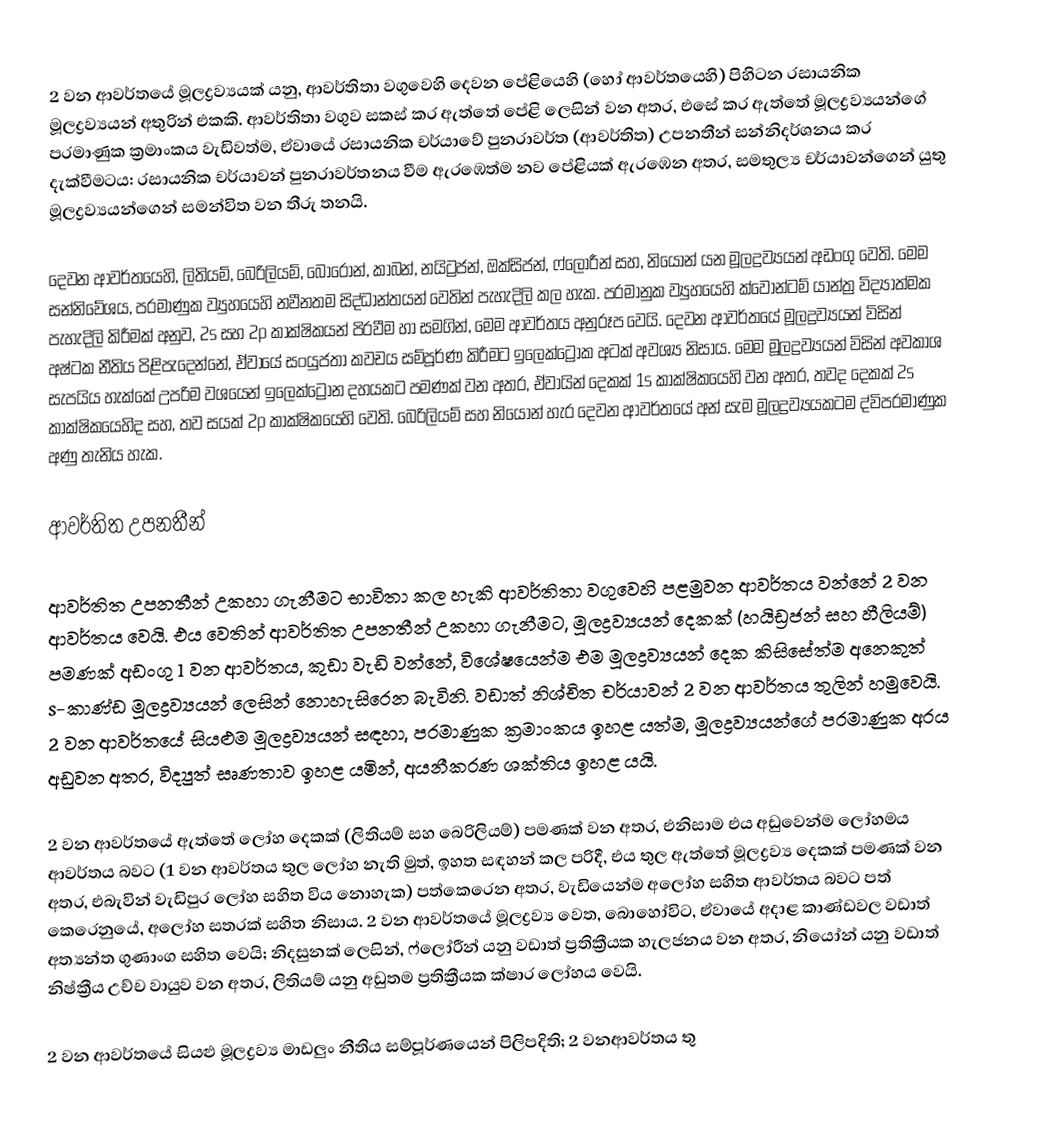
2 වන ආවර්තයේ මූලද්‍රව්‍යයක් යනු,  ආවර්තිතා වගුවෙහි දෙවන පේළියෙහි (හෝ ආවර්තයෙහි) පිහිටන රසායනික මූලද්‍රව්‍යයන් අතුරින් එකකි. ආවර්තිතා වගුව සකස් කර ඇත්තේ පේළි ලෙසින් වන අතර, එසේ කර ඇත්තේ මූලද්‍රව්‍යයන්ගේ පරමාණුක ක්‍රමාංකය වැඩිවත්ම, ඒවායේ රසායනික චර්යාවේ පුනරාවර්ත (ආවර්තිත)  උපනතීන් සන්නිදර්ශනය කර දැක්වීමටය: රසායනික චර්යාවන් පුනරාවර්තනය වීම ඇරඹෙත්ම නව පේළියක් ඇරඹෙන අතර, සමතුල්‍ය චර්යාවන්ගෙන් යුතු මූලද්‍රව්‍යයන්ගෙන් සමන්විත වන තීරු තනයි.

දෙවන ආවර්තයෙහි, ලිතියම්, බෙරිලියම්, බෝරෝන්, කාබන්, නයිට්‍රජන්, ඔක්සිජන්, ෆ්ලෝරීන් සහ, නියෝන් යන මූලද්‍රව්‍යයන් අඩංගු වෙති. මෙම සන්නිවේශය,  පරමාණුක ව්‍යුහයෙහි නවීනතම සිද්ධාන්තයන් වෙතින් පැහැදිලි කල හැක. පරමානුක ව්‍යුහයෙහි ක්වොන්ටම් යාන්ත්‍ර විද්‍යාත්මක පැහැදිලි කිරීමක් අනුව, 2s  සහ 2p  කාක්ෂිකයන් පිරවීම හා සමගින්,  මෙම ආවර්තය අනුරූප වෙයි. දෙවන ආවර්තයේ මූලද්‍රව්‍යයන් විසින්  අෂ්ටක නීතිය පිළිපැදෙන්නේ, ඒවායේ සංයුජතා කවචය සම්පූර්ණ කිරීමට ඉලෙක්ට්‍රෝක අටක් අවශ්‍ය නිසාය. මෙම මූලද්‍රව්‍යයන් විසින් අවකාශ සැපයිය හැක්කේ උපරිම වශයෙන් ඉලෙක්ට්‍රෝන දහයකට පමණක් වන අතර,  ඒවායින් දෙකක් 1s කාක්ෂිකයෙහි වන අතර, තවද දෙකක් 2s කාක්ෂිකයෙහිද සහ, තව සයක් 2p කාක්ෂිකයෙහි වෙති. බෙරිලියම් සහ නියෝන් හැර දෙවන ආවර්තයේ අන් සැම මූලද්‍රව්‍යයකටම ද්විපරමාණුක අණු තැනිය හැක.

ආවර්තිත උපනතීන්

ආවර්තිත උපනතීන් උකහා ගැනීමට භාවිතා කල හැකි ආවර්තිතා වගුවෙහි පළමුවන ආවර්තය වන්නේ 2 වන ආවර්තය වෙයි. එය වෙතින්  ආවර්තිත උපනතීන් උකහා ගැනීමට,  මූලද්‍රව්‍යයන් දෙකක් (හයිඩ්‍රජන් සහ හීලියම්)  පමණක් අඩංගු  1 වන ආවර්තය, කුඩා වැඩි වන්නේ, විශේෂයෙන්ම එම මූලද්‍රව්‍යයන් දෙක කිසිසේත්ම අනෙකුත්  s-කාණ්ඩ මූලද්‍රව්‍යයන් ලෙසින් නොහැසිරෙන බැවිනි. වඩාත් නිශ්චිත චර්යාවන්  2 වන ආවර්තය තුලින් හමුවෙයි.  2 වන ආවර්තයේ සියළුම මූලද්‍රව්‍යයන් සඳහා, පරමාණුක ක්‍රමාංකය ඉහළ යත්ම, මූලද්‍රව්‍යයන්ගේ පරමාණුක අරය අඩුවන අතර, විද්‍යුත් සෘණතාව ඉහළ යමින්, අයනීකරණ ශක්තිය ඉහළ යයි.

2 වන ආවර්තයේ ඇත්තේ ලෝහ දෙකක්  (ලිතියම් සහ බෙරිලියම්) පමණක් වන අතර, එනිසාම එය අඩුවෙන්ම ලෝහමය ආවර්තය බවට (1 වන ආවර්තය තුල ලෝහ නැති මුත්, ඉහත සඳහන් කල පරිදී, එය තුල ඇත්තේ මූලද්‍රව්‍ය දෙකක් පමණක් වන අතර, එබැවින් වැඩිපුර ලෝහ සහිත විය නොහැක) පත්කෙරෙන අතර,  වැඩියෙන්ම  අලෝහ සහිත ආවර්තය බවට පත් කෙරෙනුයේ, අලෝහ සතරක් සහිත නිසාය. 2 වන ආවර්තයේ මූලද්‍රව්‍ය වෙත, බොහෝවිට,  ඒවායේ අදාළ කාණ්ඩවල වඩාත් අත්‍යන්ත ගුණාංග සහිත වෙයි; නිදසුනක් ලෙසින්, ෆ්ලෝරීන් යනු වඩාත් ප්‍රතික්‍රීයක හැලජනය වන අතර, නියෝන් යනු වඩාත් නිෂ්ක්‍රීය උච්ච වායුව වන අතර, ලිතියම් යනු අඩුතම ප්‍රතික්‍රීයක ක්ෂාර ලෝහය වෙයි.

2 වන ආවර්තයේ සියළු මූලද්‍රව්‍ය මාඩලුං නීතිය සම්පූර්ණයෙන් පිලිපදිති; 2 වනආවර්තය තු